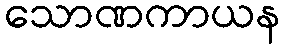
သောဏကာယန